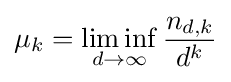
\mu _{k}=\liminf _{d\to \infty }{\frac {n_{d,k}}{d^{k}}}